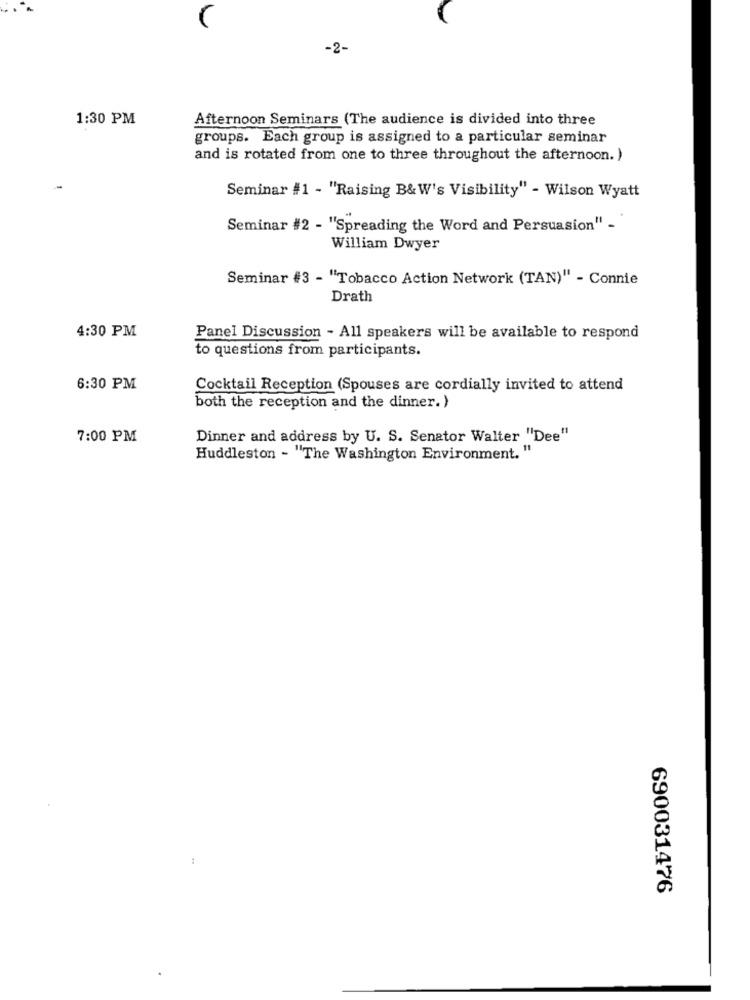
-2-
1:30 PM
Afternoon Seminars (The audience is divided into three
groups. Each group is assigned to a particular seminar
and is rotated from one to three throughout the afternoon. )
Seminar #1 - "Raising B&W's Visibility" - Wilson Wyatt
Seminar #2 - "Spreading the Word and Persuasion" -
William Dwyer
Seminar #3 - "Tobacco Action Network (TAN)" - Connie
Drath
4:30 PM
Panel Discussion - All speakers will be available to respond
to questions from participants.
6:30 PM
Cocktail Reception (Spouses are cordially invited to attend
both the reception and the dinner. )
7:00 PM
Dinner and address by U. S. Senator Walter "Dee"
Huddleston - "The Washington Environment. "
690031476